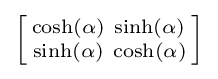
\left[{\begin{smallmatrix}\cosh(\alpha )&\sinh(\alpha )\\\sinh(\alpha )&\cosh(\alpha )\end{smallmatrix}}\right]